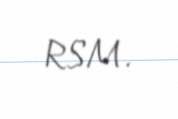
RSM.